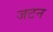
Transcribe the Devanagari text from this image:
जटन